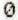
0